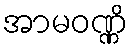
အာမဝဏ္ဏိ